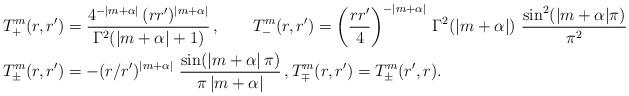
LaTeX: \begin{align*}T^m_{+}(r,r') &= \frac{4^{-|m+\alpha|}\, (r r')^{|m+\alpha|}}{\Gamma^2(|m+\alpha|+1)} \, , \qquad T^m_{-}(r,r') = \left( \frac{r r'}{4}\right)^{-|m+\alpha|}\, \Gamma^2(|m+\alpha|) \ \frac{\sin^2(|m+\alpha| \pi)}{\pi^2} \\T^m_{\pm}(r,r') & = - (r/r')^{|m+\alpha|}\ \frac{\sin(|m+\alpha|\, \pi)}{\pi\, |m+\alpha|}\, , T^m_{\mp}(r,r') = T^m_{\pm}(r',r). \end{align*}